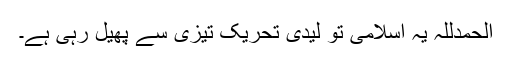
الحمدللہ یہ اسلامی تو لیدی تحریک تیزی سے پھیل رہی ہے۔